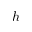
h